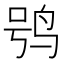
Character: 鸮